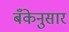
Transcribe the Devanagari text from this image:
बँकेनुसार